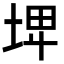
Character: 𡌨